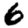
Digit: 6